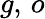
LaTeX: g,\, o